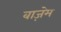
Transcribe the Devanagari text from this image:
वाज़ेम